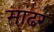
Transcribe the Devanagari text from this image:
मांढर